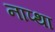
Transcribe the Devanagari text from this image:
नाप्था